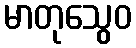
မာတုသွေဝ